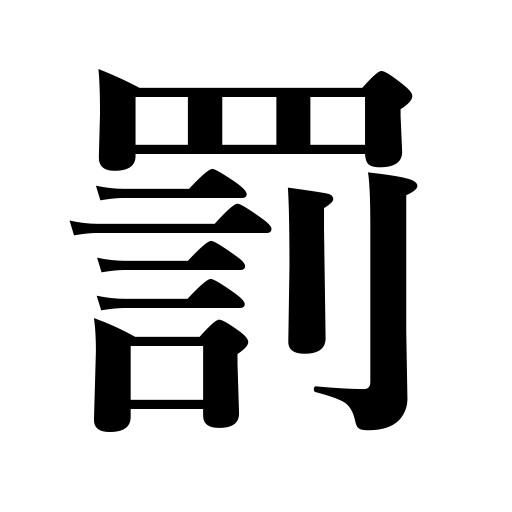
Meanings: penalty,punishment